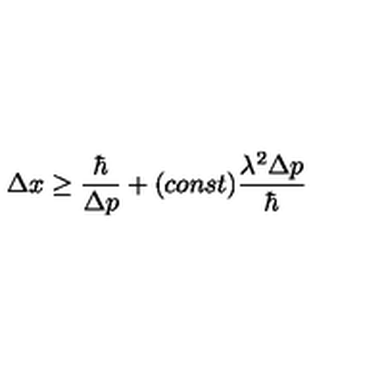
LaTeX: \Delta x \ge \frac { \hbar } { \Delta p } + ( c o n s t ) \frac { \lambda ^ { 2 } \Delta p } { \hbar }